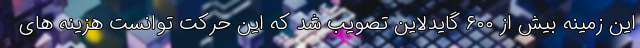
این زمینه بیش از ۶۰۰ گایدلاین تصویب شد که این حرکت توانست هزینه های